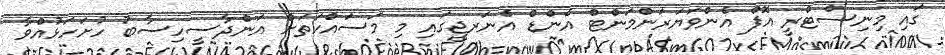
ގައި މިނިސްޓްރީ އޮފް އެންވަޔަރަންމަންޓް އެންޑް އެނަރޖީގައި މި މަސައްކަތަށް އަންދާސީހިސާބު ހުށަހަޅުއްވާ